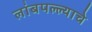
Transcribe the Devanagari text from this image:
लांबपल्ल्याचे